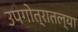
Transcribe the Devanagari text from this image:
उपगोत्रातल्या